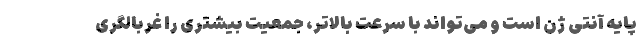
پایه آنتی ژن است و می‌تواند با سرعت بالاتر، جمعیت بیشتری را غربالگری